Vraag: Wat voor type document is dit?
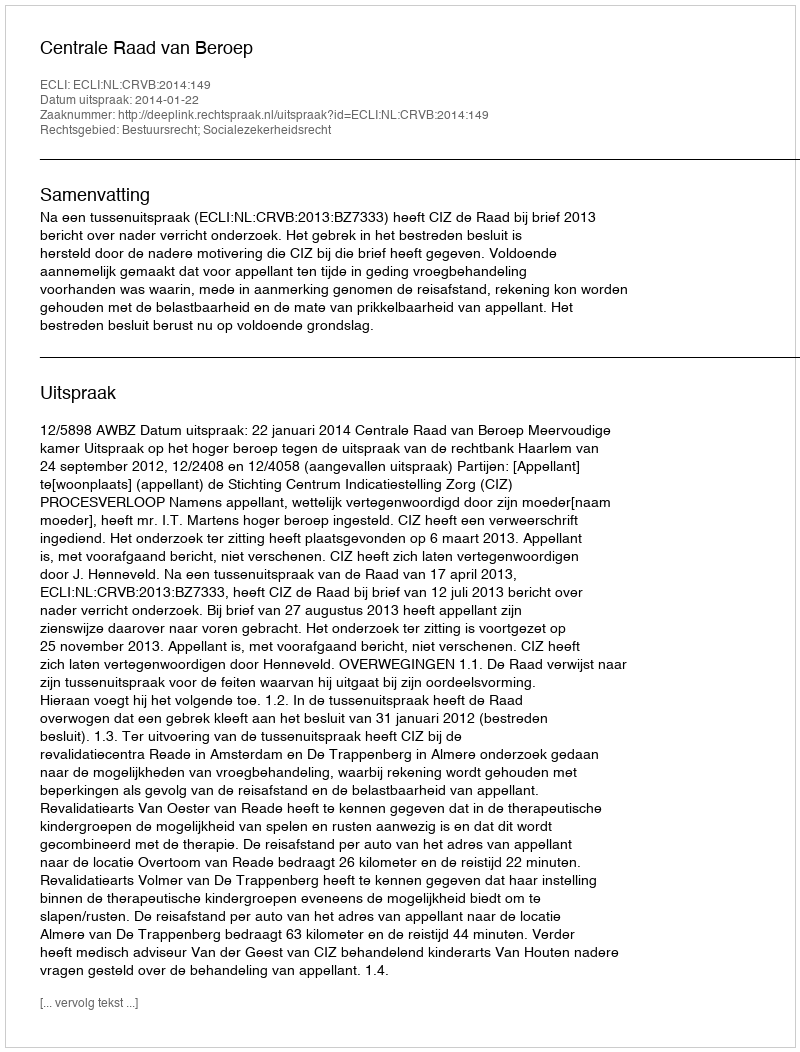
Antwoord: Uitspraak